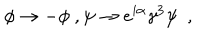
\phi \rightarrow - \phi \ , \psi \rightarrow e ^ { i \alpha } \gamma ^ { 3 } \psi \ \ ,